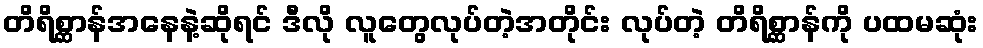
တိရိစ္ဆာန်အနေနဲ့ဆိုရင် ဒီလို လူတွေလုပ်တဲ့အတိုင်း လုပ်တဲ့ တိရိစ္ဆာန်ကို ပထမဆုံး